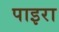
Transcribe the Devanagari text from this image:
पाइरा